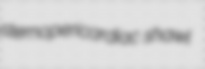
sternopericardiac shawl